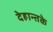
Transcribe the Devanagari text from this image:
देहान्तके